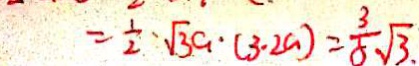
= \frac { 1 } { 2 } \cdot \sqrt { 3 } a \cdot ( 3 - 2 a ) = \frac { 3 } { 5 } \sqrt { 3 } .